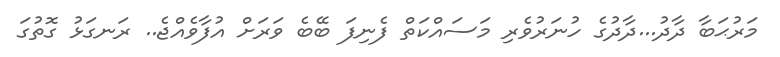
މަރުޙަބާ ދާދު...ދާދުގެ ހުނަރުވެރި މަސައްކަތް ފެނިފަ ބޭބެ ވަރަށް އުފާވެއްޖެ.. ރަނގަޅު ގޮތުގަ